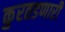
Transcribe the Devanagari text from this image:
कुरतडणारी